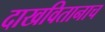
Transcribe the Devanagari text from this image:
दाखवितानाच